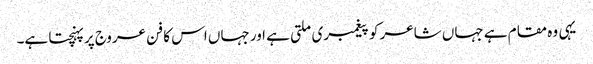
یہی وہ مقام ہے جہاں شاعر کو پیغمبری ملتی ہے اور جہاں اس کا فن عروج پر پہنچتا ہے۔